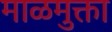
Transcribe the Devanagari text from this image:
माळमुक्ता